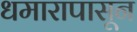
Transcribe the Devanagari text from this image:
धमारापासून